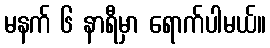
မနက် ၆ နာရီမှာ ရောက်ပါမယ်။